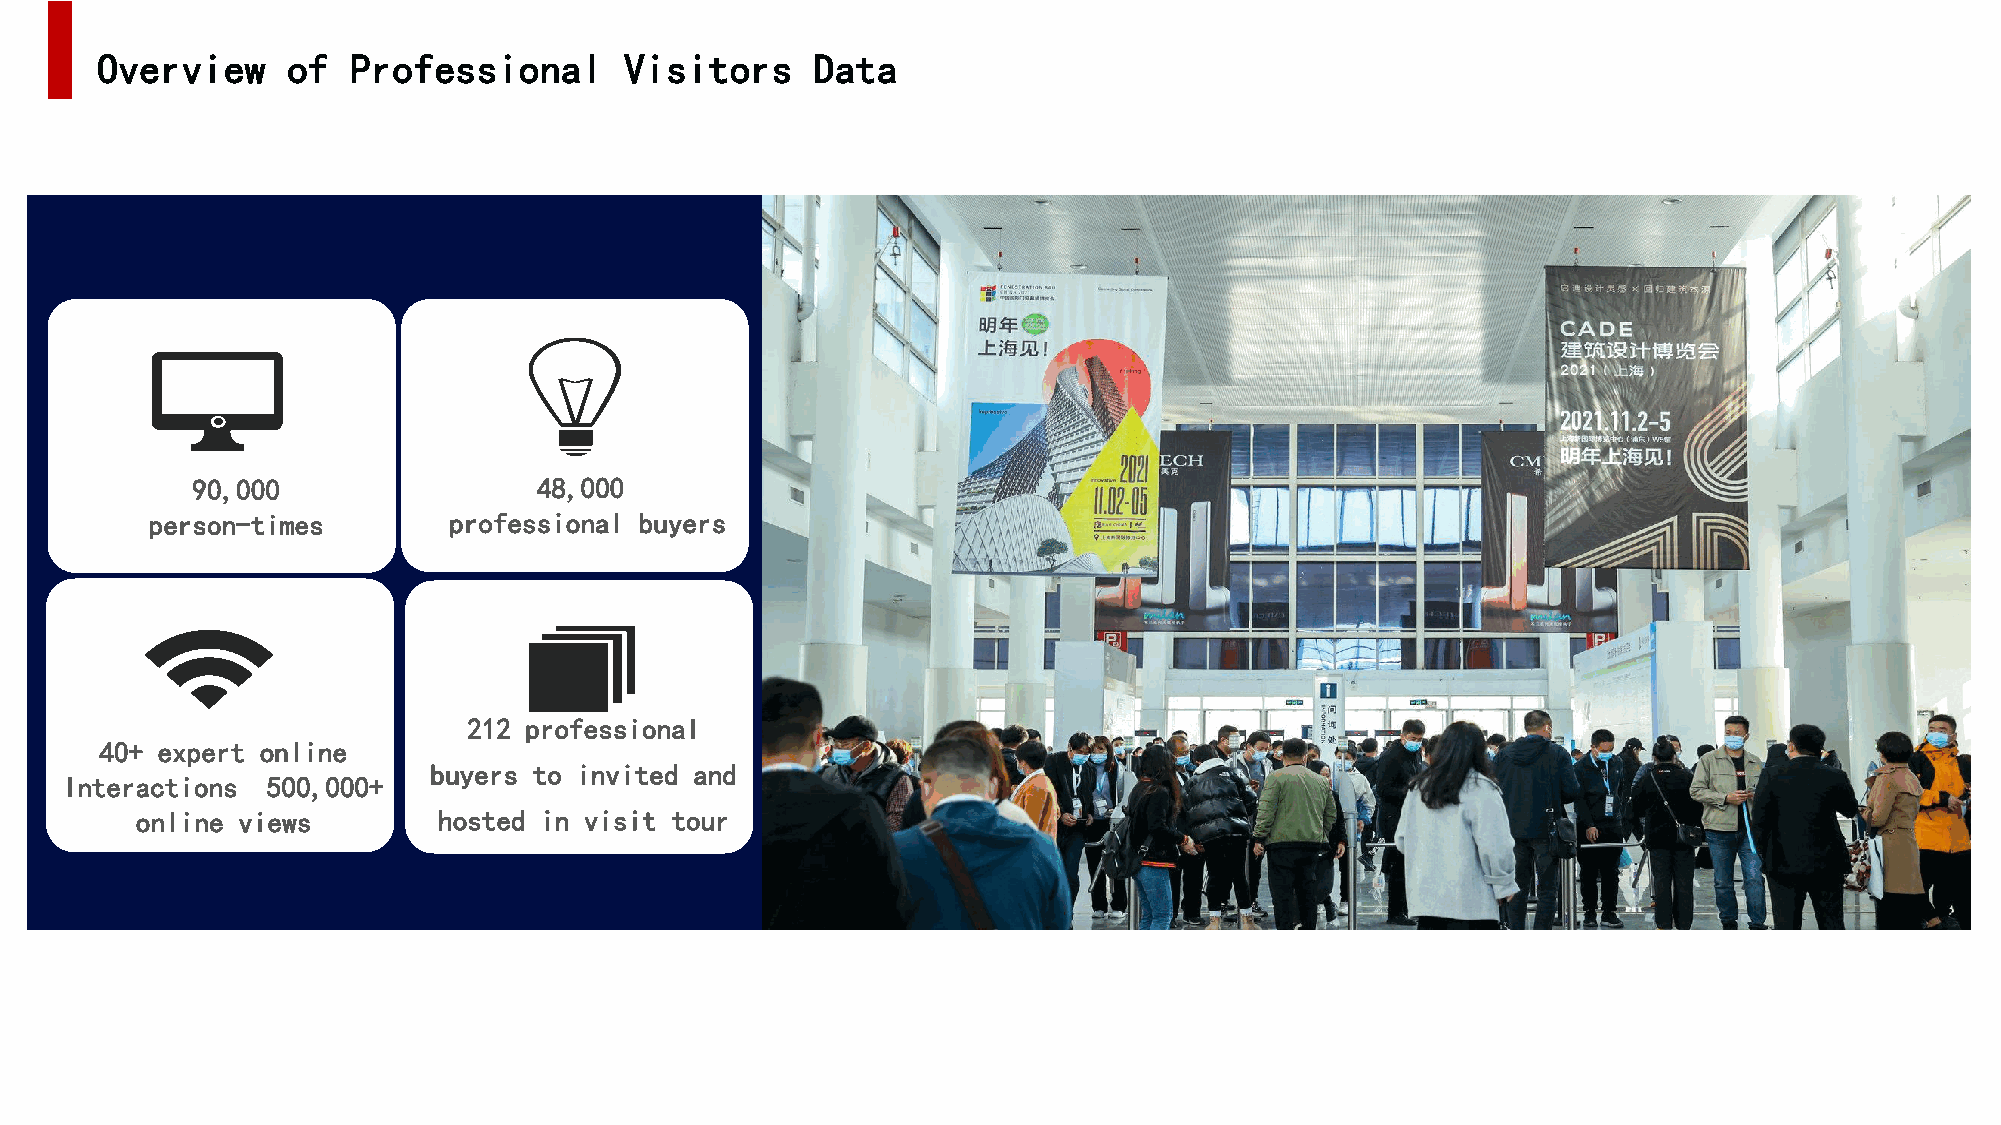
Overview     of  Professional      Visitors     Data
 90,000                 48,000
 person-times        professional buyers
 212 professional
 40+ expert online
 buyers to invited and
 Interactions  500,000+
 online views        hosted in visit tour